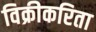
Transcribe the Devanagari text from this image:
विक्रीकरिता